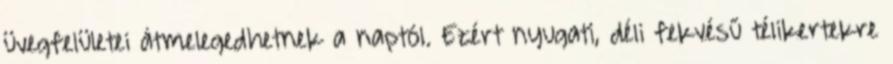
üvegfelületei átmelegedhetnek a naptól. Ezért nyugati, déli fekvésű télikertekre